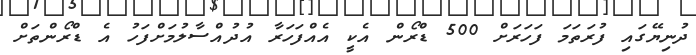
ދުނިޔޭގައި ފުރަތަމަ ފަހަރަށް 500 ޑްރޯން އެކީ އެއްފަހަރާ އުދުއްސާލުމަށްފަހު އެ ޑްރޯންތަށް